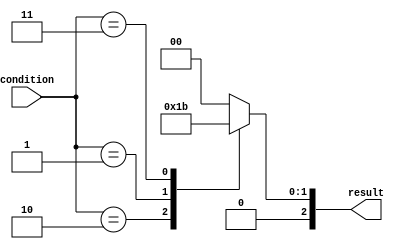
module unique_case_statement(
    input [1:0] condition,
    output reg [2:0] result
);

always @(*)
begin
    casez(condition)
        2'b10: result <= 3'b001;
        2'b01: result <= 3'b010;
        2'b11: result <= 3'b011;
        default: result <= 3'b000;
    endcase
end

endmodule